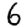
Digit: 6